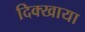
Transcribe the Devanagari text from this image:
दिक्खाया